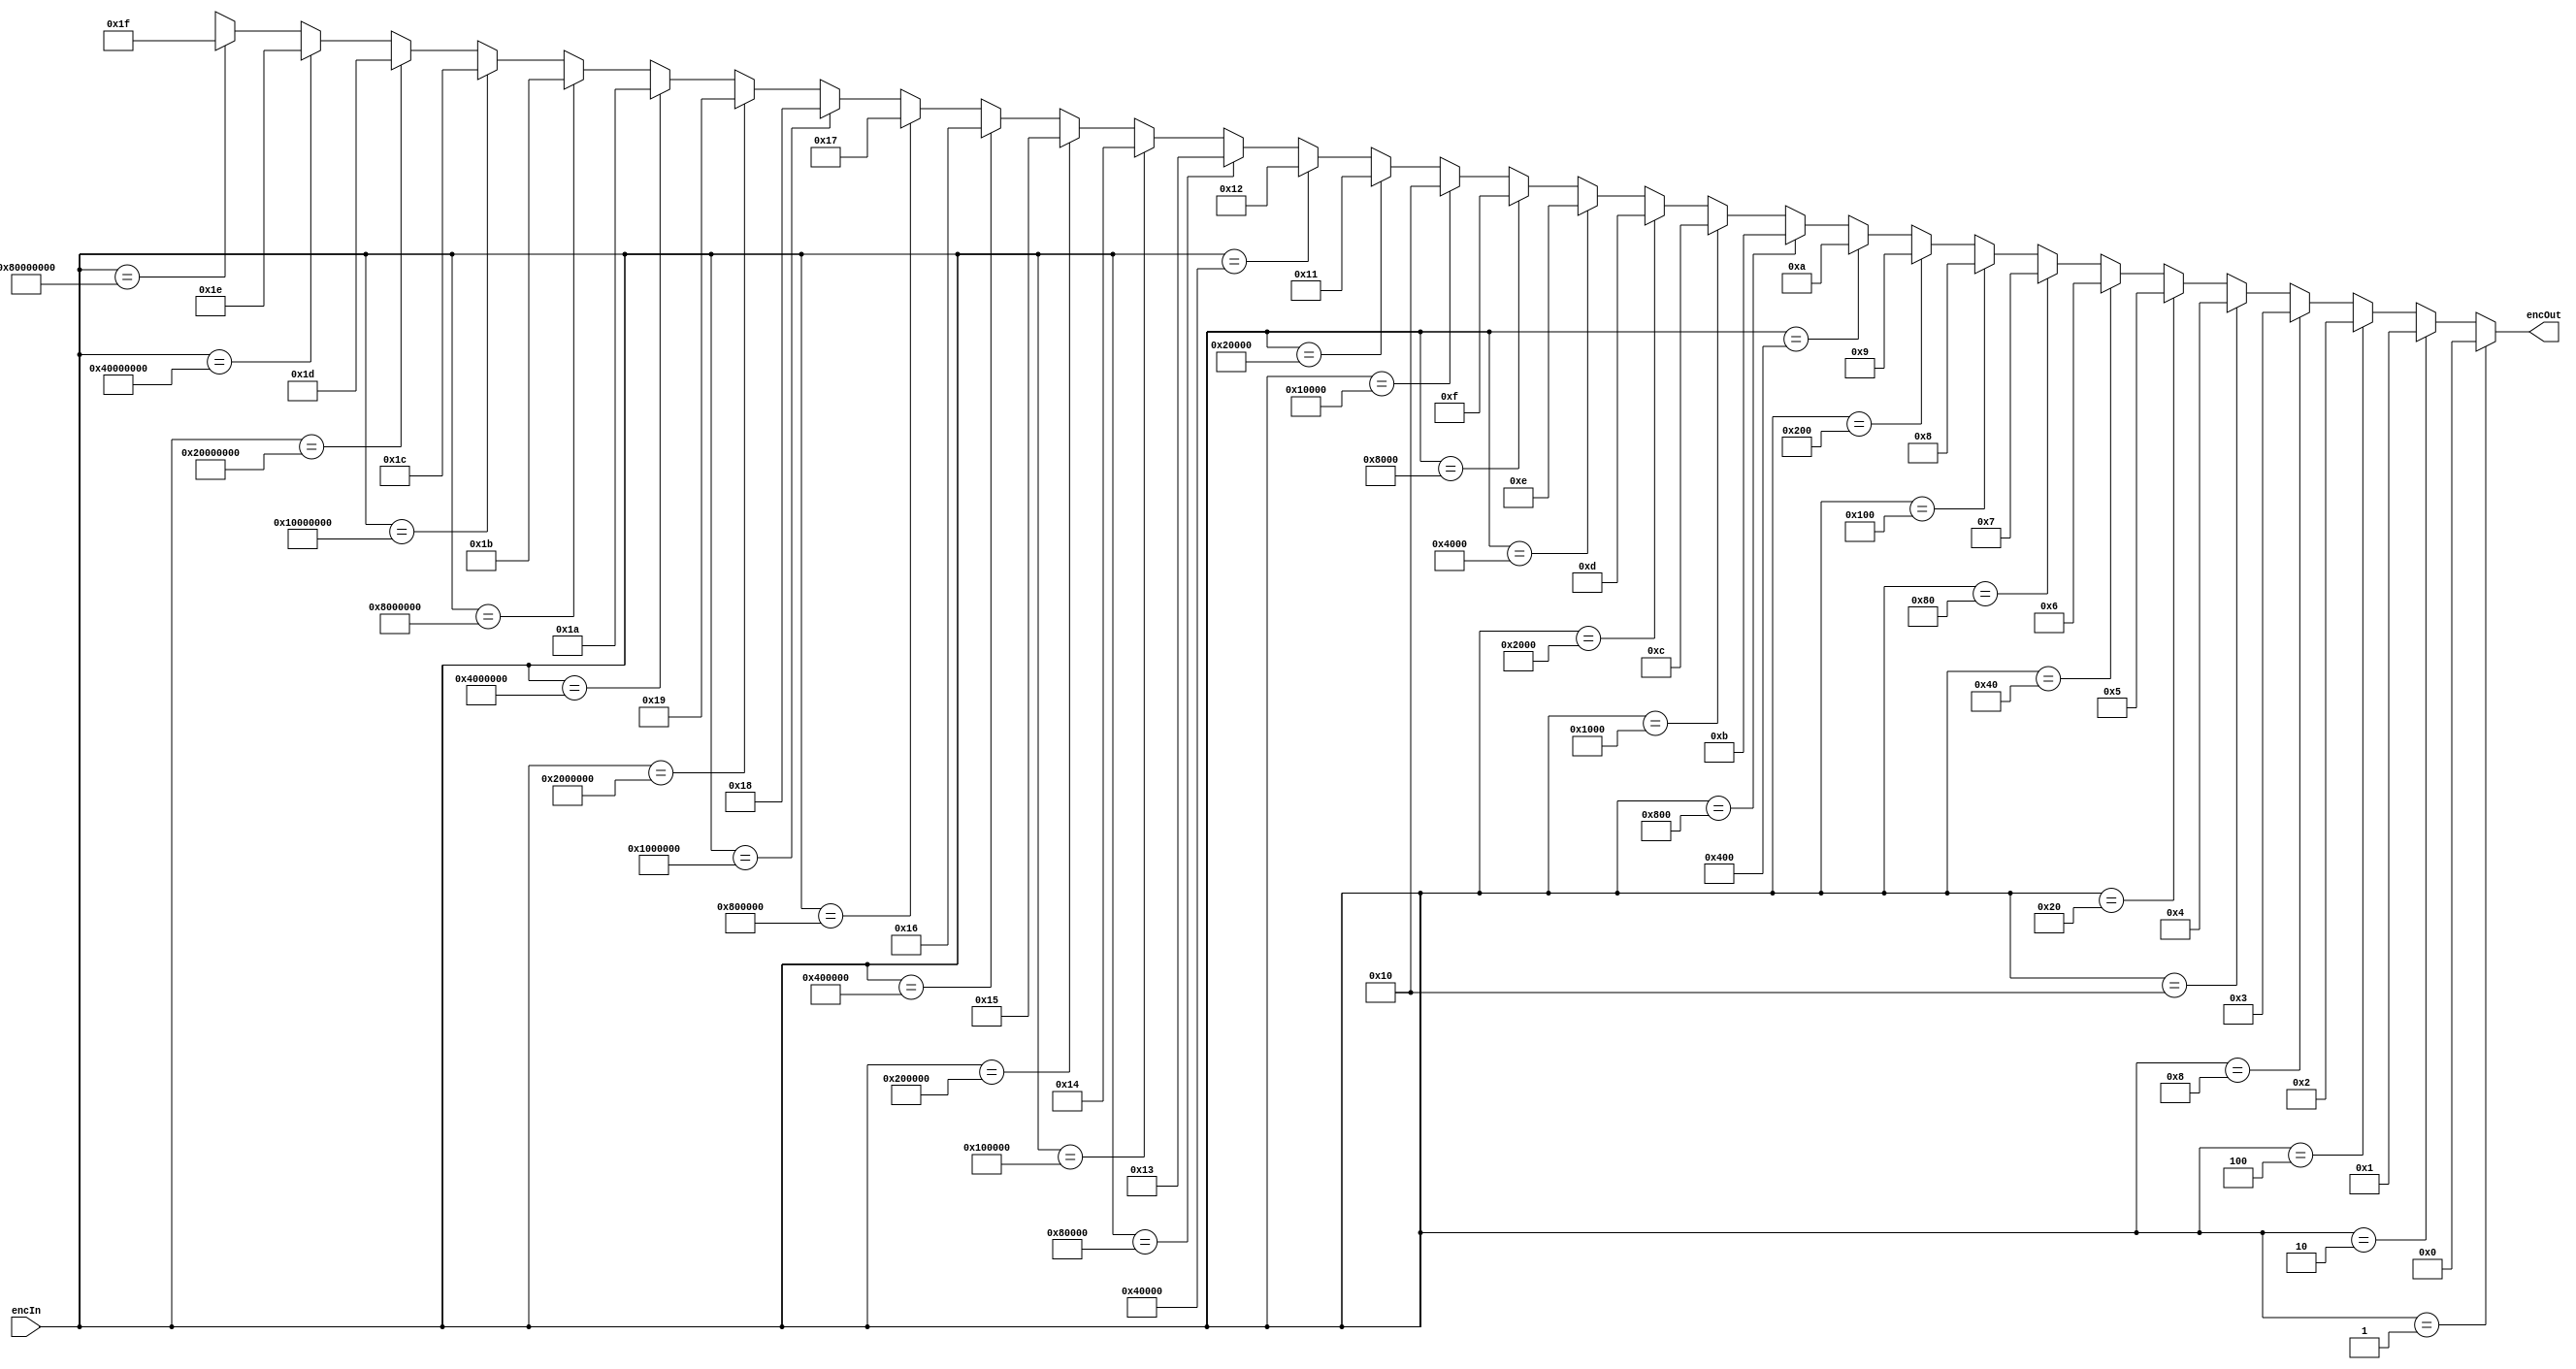
module encoder (encIn, encOut);
	input [31:0] encIn;
	output reg [4:0] encOut;
	
	
	always @(encIn)
	begin
	if (encIn == 32'b00000000000000000000000000000001) encOut = 5'b00000; else
	if (encIn == 32'b00000000000000000000000000000010) encOut = 5'b00001; else
	if (encIn == 32'b00000000000000000000000000000100) encOut = 5'b00010; else
	if (encIn == 32'b00000000000000000000000000001000) encOut = 5'b00011; else
	if (encIn == 32'b00000000000000000000000000010000) encOut = 5'b00100; else
	if (encIn == 32'b00000000000000000000000000100000) encOut = 5'b00101; else
	if (encIn == 32'b00000000000000000000000001000000) encOut = 5'b00110; else
	if (encIn == 32'b00000000000000000000000010000000) encOut = 5'b00111; else
	if (encIn == 32'b00000000000000000000000100000000) encOut = 5'b01000; else
	if (encIn == 32'b00000000000000000000001000000000) encOut = 5'b01001; else
	if (encIn == 32'b00000000000000000000010000000000) encOut = 5'b01010; else
	if (encIn == 32'b00000000000000000000100000000000) encOut = 5'b01011; else
	if (encIn == 32'b00000000000000000001000000000000) encOut = 5'b01100; else
	if (encIn == 32'b00000000000000000010000000000000) encOut = 5'b01101; else
	if (encIn == 32'b00000000000000000100000000000000) encOut = 5'b01110; else
	if (encIn == 32'b00000000000000001000000000000000) encOut = 5'b01111; else
	if (encIn == 32'b00000000000000010000000000000000) encOut = 5'b10000; else
	if (encIn == 32'b00000000000000100000000000000000) encOut = 5'b10001; else
	if (encIn == 32'b00000000000001000000000000000000) encOut = 5'b10010; else
	if (encIn == 32'b00000000000010000000000000000000) encOut = 5'b10011; else
	if (encIn == 32'b00000000000100000000000000000000) encOut = 5'b10100; else
	if (encIn == 32'b00000000001000000000000000000000) encOut = 5'b10101; else
	if (encIn == 32'b00000000010000000000000000000000) encOut = 5'b10110; else
	if (encIn == 32'b00000000100000000000000000000000) encOut = 5'b10111; else
	if (encIn == 32'b00000001000000000000000000000000) encOut = 5'b11000; else
	if (encIn == 32'b00000010000000000000000000000000) encOut = 5'b11001; else
	if (encIn == 32'b00000100000000000000000000000000) encOut = 5'b11010; else
	if (encIn == 32'b00001000000000000000000000000000) encOut = 5'b11011; else
	if (encIn == 32'b00010000000000000000000000000000) encOut = 5'b11100; else
	if (encIn == 32'b00100000000000000000000000000000) encOut = 5'b11101; else
	if (encIn == 32'b01000000000000000000000000000000) encOut = 5'b11110; else
	if (encIn == 32'b10000000000000000000000000000000) encOut = 5'b11111; else
																	   encOut = 5'bx;
	end
endmodule

module mux (R0,R1,R2,R3,R4,R5,R6,R7,R8,R9,R10,R11,R12,R13,R14,R15,HI,LO,ZHI,ZLO,PC,MDR,INPORT,CSIGN,select,muxOut);
	input [31:0] R0,R1,R2,R3,R4,R5,R6,R7,R8,R9,R10,R11,R12,R13,R14,R15;
	input [31:0] HI,LO,ZHI,ZLO,PC,MDR,INPORT,CSIGN;
	input [4:0] select;
	output reg [31:0] muxOut;
	//reg [31:0] muxOut;
	
	always @(select)
	begin
		if (select == 5'b00000) muxOut = R0; else
		if (select == 5'b00001) muxOut = R1; else
		if (select == 5'b00010) muxOut = R2; else
		if (select == 5'b00011) muxOut = R3; else
		if (select == 5'b00100) muxOut = R4; else
		if (select == 5'b00101) muxOut = R5; else
		if (select == 5'b00110) muxOut = R6; else
		if (select == 5'b00111) muxOut = R7; else
		if (select == 5'b01000) muxOut = R8; else
		if (select == 5'b01001) muxOut = R9; else
		if (select == 5'b01010) muxOut = R10; else
		if (select == 5'b01011) muxOut = R11; else
		if (select == 5'b01100) muxOut = R12; else
		if (select == 5'b01101) muxOut = R13; else
		if (select == 5'b01110) muxOut = R14; else
		if (select == 5'b01111) muxOut = R15; else
		if (select == 5'b10000) muxOut = HI; else
		if (select == 5'b10001) muxOut = LO; else
		if (select == 5'b10010) muxOut = ZHI; else
		if (select == 5'b10011) muxOut = ZLO; else
		if (select == 5'b10100) muxOut = PC; else
		if (select == 5'b10101) muxOut = MDR; else
		if (select == 5'b10110) muxOut = INPORT; else
		if (select == 5'b10111) muxOut = CSIGN; else
									  muxOut = 32'hxxxxxxxx;
	
	end
endmodule


module Bus (encIn,R0,R1,R2,R3,R4,R5,R6,R7,R8,R9,R10,R11,R12,R13,R14,R15,HI,LO,ZHI,ZLO,PC,MDR,INPORT,CSIGN,BusMuxOut);
	input [31:0] encIn;
	input [31:0] R0,R1,R2,R3,R4,R5,R6,R7,R8,R9,R10,R11,R12,R13,R14,R15;
	input [31:0] HI,LO,ZHI,ZLO,PC,MDR,INPORT,CSIGN;
	wire [4:0] select;
	output [31:0] BusMuxOut;
	
	encoder enc(encIn, select);
	mux multiplexer(R0,R1,R2,R3,R4,R5,R6,R7,R8,R9,R10,R11,R12,R13,R14,R15,HI,LO,ZHI,ZLO,PC,MDR,INPORT,CSIGN,select,BusMuxOut);
	
endmodule